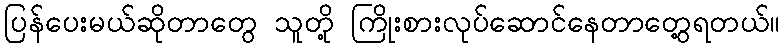
ပြန်ပေးမယ်ဆိုတာတွေ သူတို့ ကြိုးစားလုပ်ဆောင်နေတာတွေ့ရတယ်။